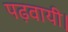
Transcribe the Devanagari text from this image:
पढ़वायी।